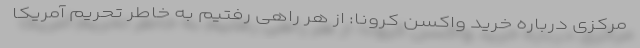
مرکزی درباره خرید واکسن کرونا: از هر راهی رفتیم به خاطر تحریم آمریکا